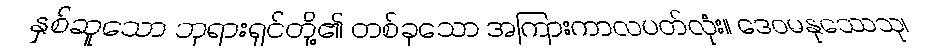
နှစ်ဆူသော ဘုရားရှင်တို့၏ တစ်ခုသော အကြားကာလပတ်လုံး။ ဒေဝမနုဿေသု၊